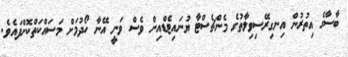
ބާސާގެ އިތުރުން އިނގިރޭސިވިލާތުގެ މެންޗެސްޓާ ޔުނައިޓެޑްއިން ވެސް ވަނީ އޭނާ ހޯދުމަށް މަސައްކަތްކޮށްފައެވެ.